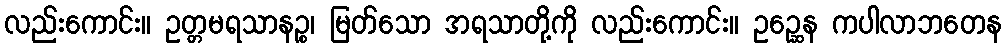
လည်းကောင်း။ ဥတ္တမရသာနဉ္စ၊ မြတ်သော အရသာတို့ကို လည်းကောင်း။ ဥဉ္ဆေန ကပါလာဘတေန